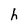
Character: h